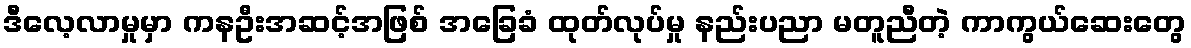
ဒီလေ့လာမှုမှာ ကနဦးအဆင့်အဖြစ် အခြေခံ ထုတ်လုပ်မှု နည်းပညာ မတူညီတဲ့ ကာကွယ်ဆေးတွေ